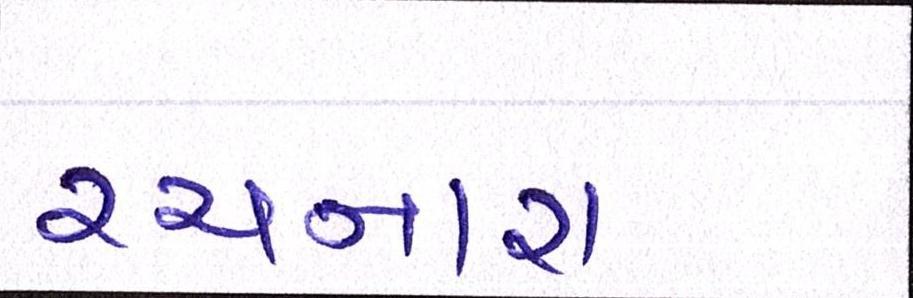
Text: રચનારા